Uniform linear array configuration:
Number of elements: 48
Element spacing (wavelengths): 1
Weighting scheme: hamming
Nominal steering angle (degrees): -45
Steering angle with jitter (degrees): -44.286
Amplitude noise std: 0.05
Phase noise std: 0.05

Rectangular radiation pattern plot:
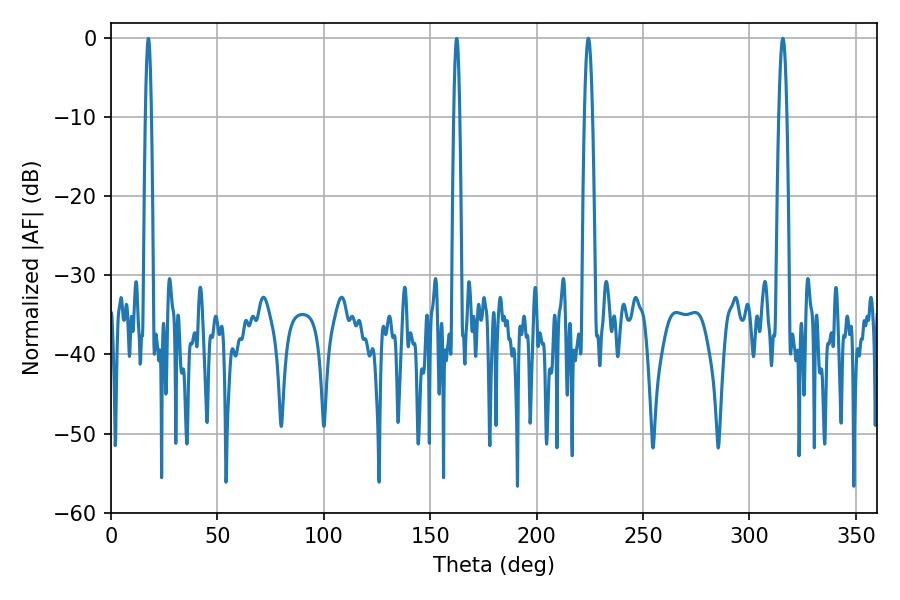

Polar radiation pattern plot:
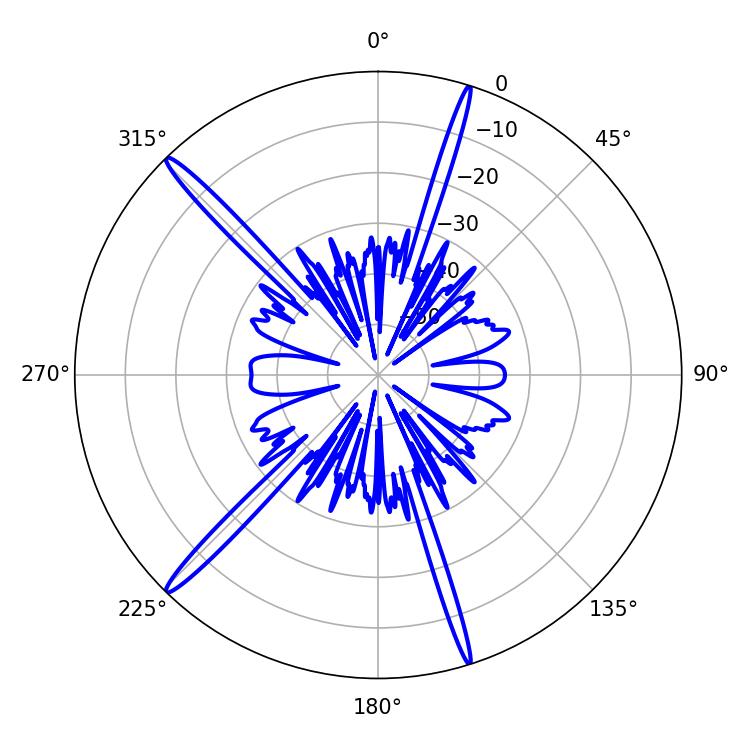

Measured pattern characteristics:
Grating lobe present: TRUE
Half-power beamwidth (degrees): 1.98
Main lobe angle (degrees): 224.28